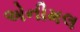
એનીમલ